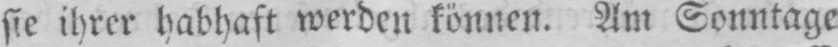
sie ihrer habhaft werden können. Am Sonntage